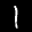
Label: 1